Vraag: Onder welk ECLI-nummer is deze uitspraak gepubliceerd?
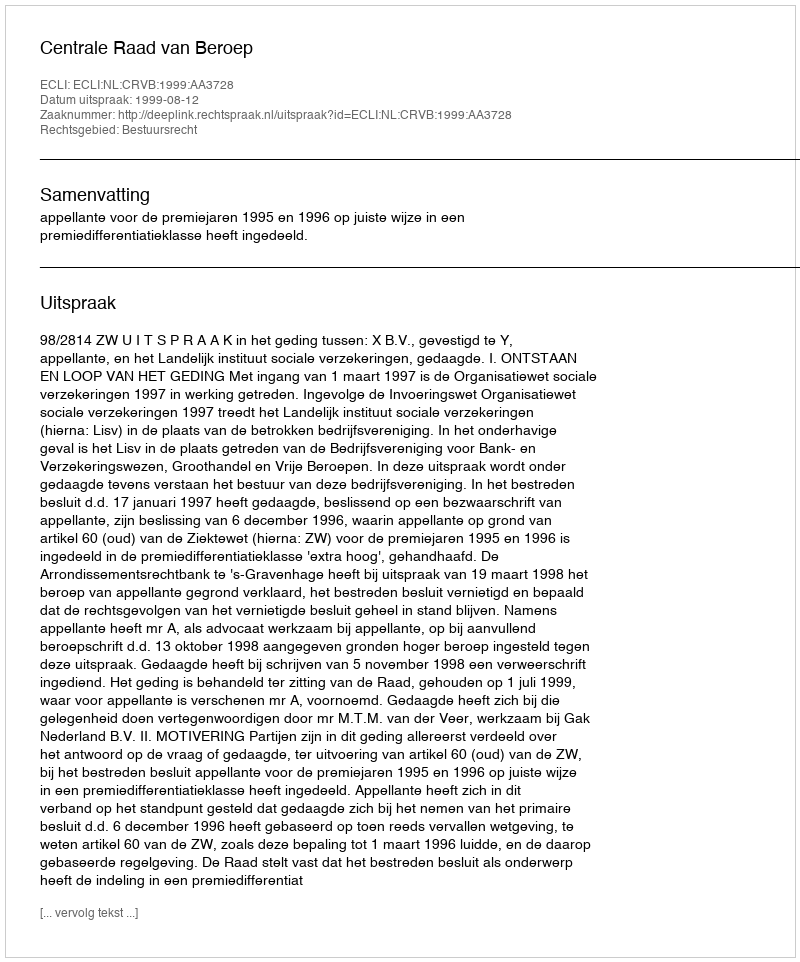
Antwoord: ECLI:NL:CRVB:1999:AA3728